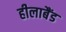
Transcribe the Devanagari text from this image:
हीलाबैंड